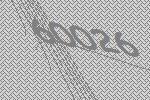
60026